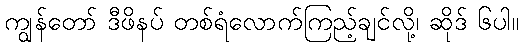
ကျွန်တော် ဒီဖိနပ် တစ်ရံလောက်ကြည့်ချင်လို့၊ ဆိုဒ် ၆ပါ။